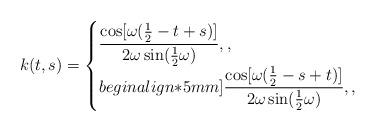
LaTeX: \begin{align*} k(t,s) = \begin{cases} \dfrac{\cos[\omega(\tfrac{1}{2}-t+s)]}{2\omega \sin(\tfrac{1}{2}\omega)}, ,\\begin{align*}5mm] \dfrac{\cos[\omega(\tfrac{1}{2}-s+t)]}{2\omega \sin(\tfrac{1}{2}\omega)}, ,\end{cases}\end{align*}